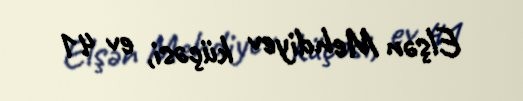
Elşən Mehdiyev küçəsi, ev 41